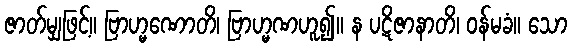
ဇာတ်မျှဖြင့်။ ဗြာဟ္မဏောတိ၊ ဗြာဟ္မဏဟူ၍။ န ပဋိဇာနာတိ၊ ဝန်မခံ။ သော